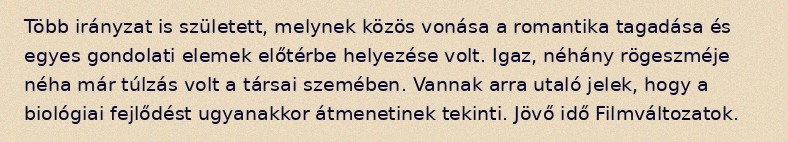
Több irányzat is született, melynek közös vonása a romantika tagadása és egyes gondolati elemek előtérbe helyezése volt. Igaz, néhány rögeszméje néha már túlzás volt a társai szemében. Vannak arra utaló jelek, hogy a biológiai fejlődést ugyanakkor átmenetinek tekinti. Jövő idő Filmváltozatok.